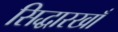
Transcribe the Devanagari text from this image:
सिद्धारखाँ